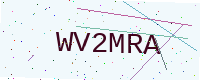
Text: WV2MRA